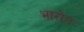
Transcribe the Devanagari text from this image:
भारोत